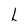
Character: L